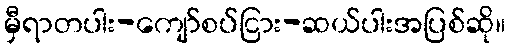
မှီရာတပါး-ကျော်စပ်ငြား-ဆယ်ပါးအပြစ်ဆို။